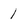
Character: 1